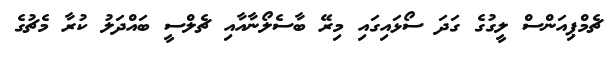
ޗެމްޕިއަންސް ލީގުގެ ގަދަ ސޯޅައިގައި މިރޭ ބާސެލޯނާއާއި ޗެލްސީ ބައްދަލު ކުރާ މެޗުގެ